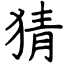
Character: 猜